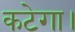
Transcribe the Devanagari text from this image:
कटेगा।